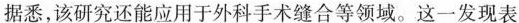
据悉，该研究还能应用于外科手术缝合等领域。这一发现表